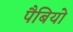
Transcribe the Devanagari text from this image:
पैबियो